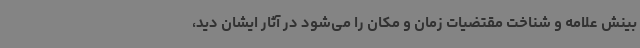
بینش علامه و شناخت مقتضیات زمان و مکان را می‌شود در آثار ایشان دید،